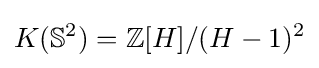
K(\mathbb {S} ^{2})=\mathbb {Z} [H]/(H-1)^{2}